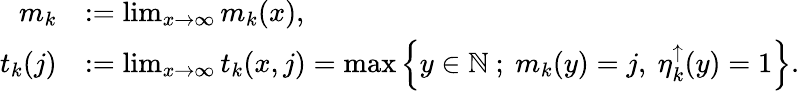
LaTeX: \begin{array}{rl}{m_{k}}&{:=\operatorname*{lim}_{x\to\infty}m_{k}(x),}\\ {t_{k}(j)}&{:=\operatorname*{lim}_{x\to\infty}t_{k}(x,j)=\operatorname*{max}\left\{ y\in{\mathbb{N}}\ ;\ m_{k}(y)=j,\ \eta_{k}^{\uparrow}(y)=1\right\} .}\end{array}